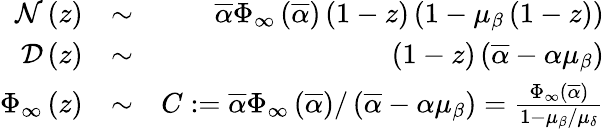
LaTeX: \begin{array}{rlr}{{\cal N}\left(z\right)}&{\sim}&{\overline{{\alpha}}\Phi_{\infty}\left(\overline{{\alpha}}\right)\left(1-z\right)\left(1-\mu_{\beta}\left(1-z\right)\right)}\\ {{\cal D}\left(z\right)}&{\sim}&{\left(1-z\right)\left(\overline{{\alpha}}-\alpha\mu_{\beta}\right)}\\ {\Phi_{\infty}\left(z\right)}&{\sim}&{C:=\overline{{\alpha}}\Phi_{\infty}\left(\overline{{\alpha}}\right)/\left(\overline{{\alpha}}-\alpha\mu_{\beta}\right)=\frac{\Phi_{\infty}\left(\overline{{\alpha}}\right)}{1-\mu_{\beta}/\mu_{\delta}}}\end{array}